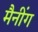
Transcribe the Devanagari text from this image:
मैनींग